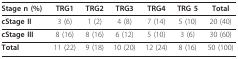
<table><thead><tr><td><b>Stage n (%)</b></td><td><b>TRG1</b></td><td><b>TRG2</b></td><td><b>TRG3</b></td><td><b>TRG4</b></td><td><b>TRG 5</b></td><td><b>Total</b></td></tr></thead><tbody><tr><td><b>cStage II</b></td><td>3 (6)</td><td>1 (2)</td><td>4 (8)</td><td>7 (14)</td><td>5 (10)</td><td>20 (40)</td></tr><tr><td><b>cStage III</b></td><td>8 (16)</td><td>8 (16)</td><td>6 (12)</td><td>5 (10)</td><td>3 (6)</td><td>30 (60)</td></tr><tr><td><b>Total</b></td><td>11 (22)</td><td>9 (18)</td><td>10 (20)</td><td>12 (24)</td><td>8 (16)</td><td>50 (100)</td></tr></tbody></table>